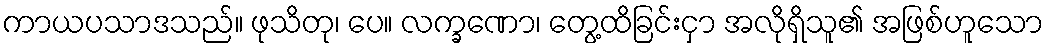
ကာယပသာဒသည်။ ဖုသိတု၊ ပေ။ လက္ခဏော၊ တွေ့ထိခြင်းငှာ အလိုရှိသူ၏ အဖြစ်ဟူသော